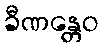
ခီဏန္တေဝ